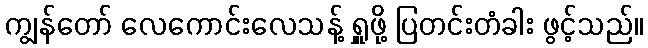
ကျွန်တော် လေကောင်းလေသန့် ရှူဖို့ ပြတင်းတံခါး ဖွင့်သည်။